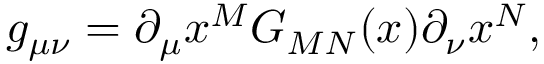
g _ { \mu \nu } = \partial _ { \mu } x ^ { M } G _ { M N } ( x ) \partial _ { \nu } x ^ { N } ,